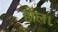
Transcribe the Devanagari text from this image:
होल।